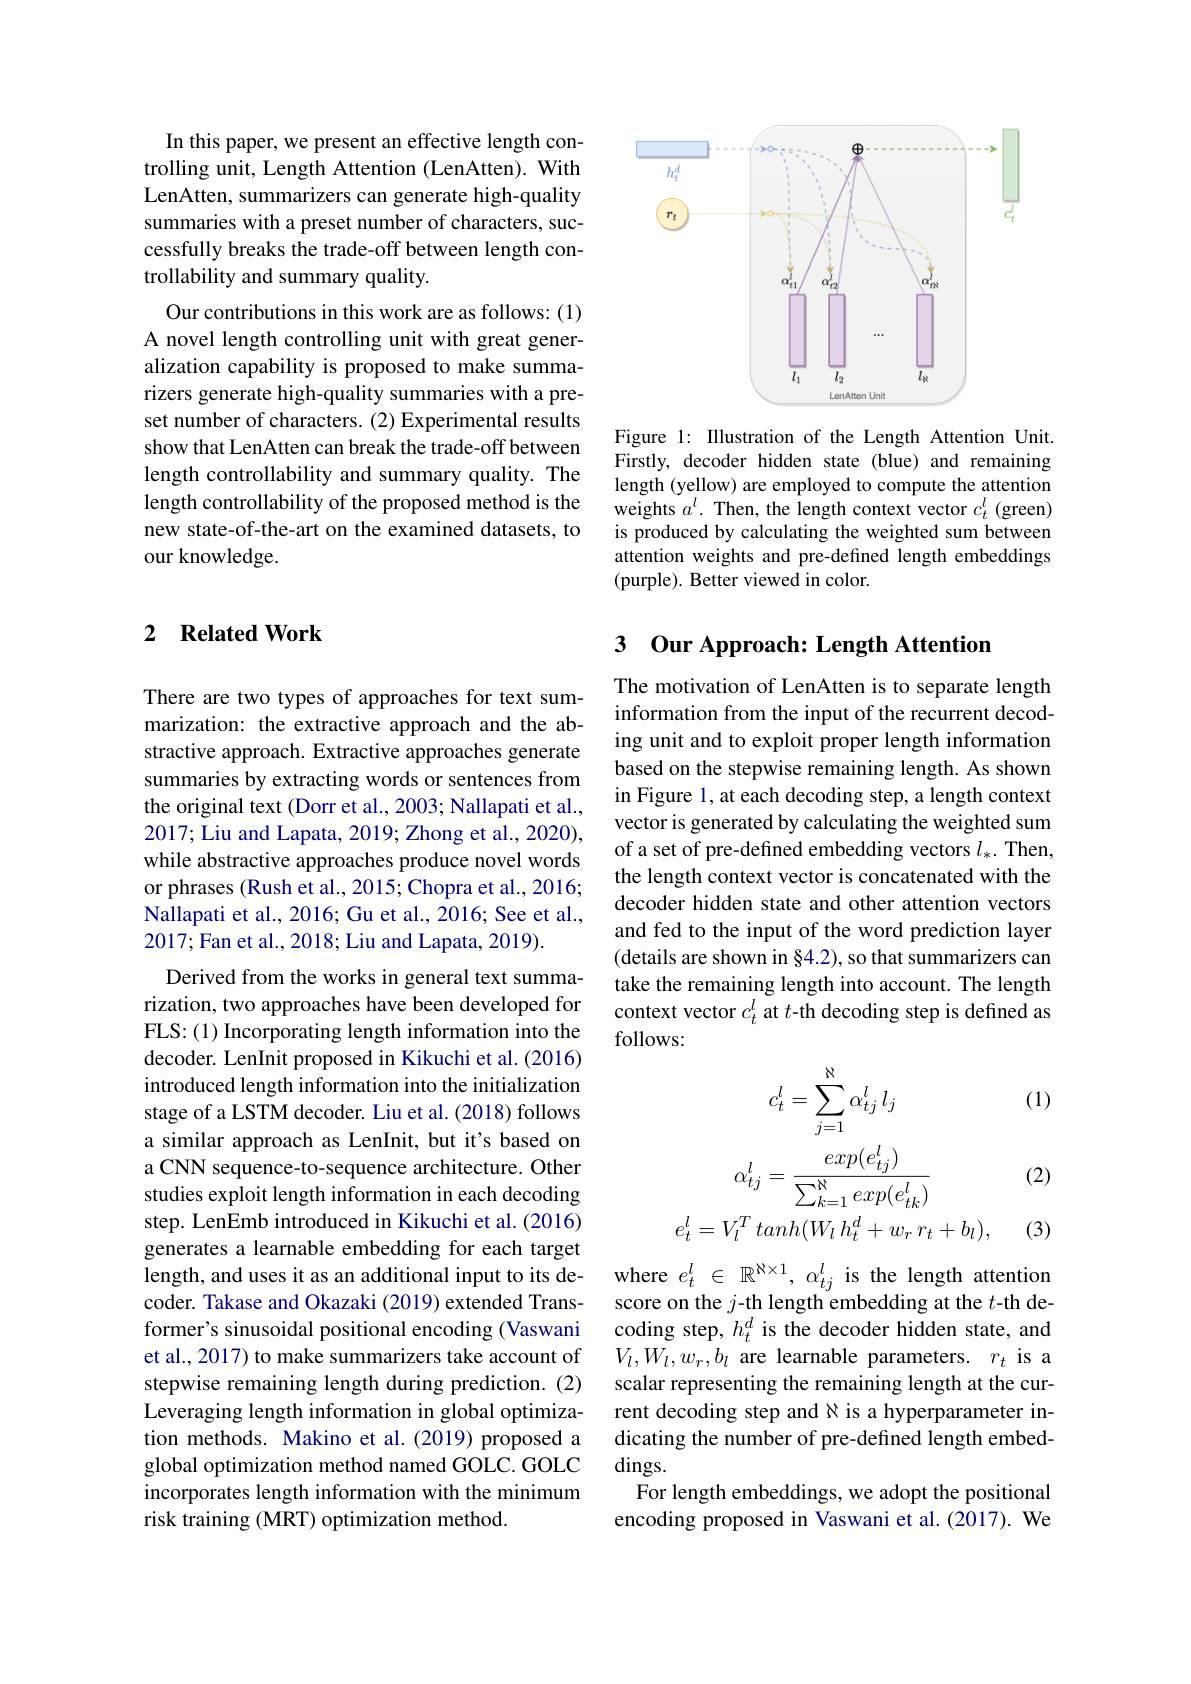
In this paper, we present an effective length controlling unit, Length Attention (LenAtten). With LenAtten, summarizers can generate high-quality summaries with a preset number of characters, successfully breaks the trade-off between length controllability and summary quality.
Our contributions in this work are as follows: (1) A novel length controlling unit with great generalization capability is proposed to make summarizers generate high-quality summaries with a preset number of characters. (2) Experimental results show that LenAtten can break the trade-off between length controllability and summary quality. The length controllability of the proposed method is the new state-of-the-art on the examined datasets, to our knowledge.

### 2 $\textbf{Related Work}$

There are two types of approaches for text summarization: the extractive approach and the abstractive approach. Extractive approaches generate summaries by extracting words or sentences from the original text (Dorr et al., 2003; Nallapati et al., 2017; Liu and Lapata, 2019; Zhong et al., 2020), while abstractive approaches produce novel words or phrases (Rush et al., 2015; Chopra et al., 2016; Nallapati et al., 2016; Gu et al., 2016; See et al., 2017;Fan et al., 2018; Liu and Lapata, 2019).
Derived from the works in general text summarization, two approaches have been developed for FLS:(1) Incorporating length information into the decoder. LenInit proposed in Kikuchi et al. (2016) introduced length information into the initialization stage of a LSTM decoder. Liu et al. (2018) follows a similar approach as LenInit, but it's based on a CNN sequence-to-sequence architecture. Other studies exploit length information in each decoding step. LenEmb introduced in Kikuchi et al. (2016) generates a learnable embedding for each target length, and uses it as an additional input to its decoder. Takase and Okazaki (2019) extended Transformer's sinusoidal positional encoding (Vaswani et al., 2017) to make summarizers take account of stepwise remaining length during prediction. (2) Leveraging length information in global optimization methods. Makino et al.(2019) proposed a global optimization method named GOLC. GOLC incorporates length information with the minimum risk training (MRT) optimization method.

<FigureHere>

Figure 1: Illustration of the Length Attention Unit. Firstly, decoder hidden state (blue) and remaining length (yellow) are employed to compute the attention weights $a^l.$ Then, the length context vector $c_t^l$ (green) is produced by calculating the weighted sum between attention weights and pre-defined length embeddings (purple). Better viewed in color.

### 3 $\textbf{Our Approach: Length Attention}$

The motivation of LenAtten is to separate length information from the input of the recurrent decoding unit and to exploit proper length information based on the stepwise remaining length. As shown in Figure 1, at each decoding step, a length context vector is generated by calculating the weighted sum of a set of pre-defined embedding vectors $l_*.$ Then, the length context vector is concatenated with the decoder hidden state and other attention vectors and fed to the input of the word prediction layer (details are shown in §4.2), so that summarizers can take the remaining length into account. The length context vector $c_t^l$ at $t$-th decoding step is defined as follows:

(1)
$$c_{t}^{l}=\sum_{j=1}^{\aleph}\alpha_{tj}^{l}\:l_{j}\\\alpha_{tj}^{l}=\frac{exp(e_{tj}^{l})}{\sum_{k=1}^{\aleph}exp(e_{tk}^{l})}\\e_{t}^{l}=V_{l}^{T}\:tanh(W_{l}\:h_{t}^{d}+w_{r}\:r_{t}+b_{l}),$$
(2)

(3)

where $e_t^l\in \mathbb{R} ^{\aleph \times 1}$, $\alpha _{tj}^l$ is the length attention score on the $j$-th length embedding at the $t$-th decoding step, $h_t^d$ is the decoder hidden state, and $V_l,W_l,w_r,b_l$ are learnable parameters.$r_t$ is a scalar representing the remaining length at the current decoding step and $\aleph$ is a hyperparameter indicating the number of pre-defined length embed- $\dim$gs.
For length embeddings, we adopt the positional encoding proposed in Vaswani et al.(2017). We